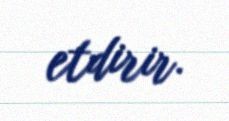
etdirir.